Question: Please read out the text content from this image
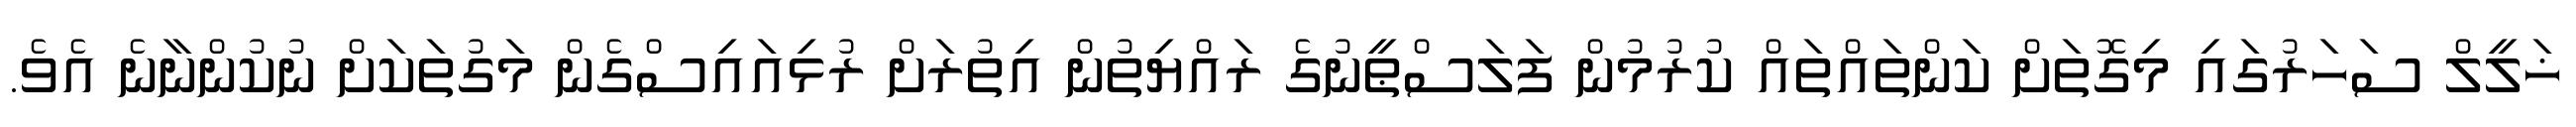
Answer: ޚަލީލް ސަހަރުގައި މިގޮތަށް ކަންތައްތައް ކުރުމުން ފަލަސްޠީނުގެ ރައްޔިތުން އިތުރަށް ރުޅިއައިސްގެން މަގުތަކަށް ނުކުންނާނެ އެވެ.